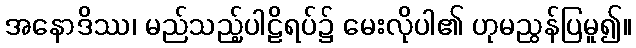
အနောဒိဿ၊ မည်သည့်ပါဠိရပ်၌ မေးလိုပါ၏ ဟုမညွန်ပြမူ၍။